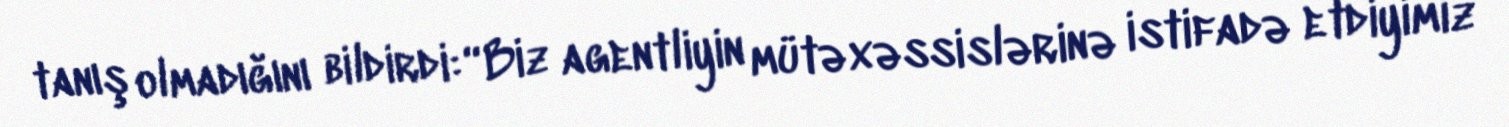
tanış olmadığını bildirdi: “Biz agentliyin mütəxəssislərinə istifadə etdiyimiz